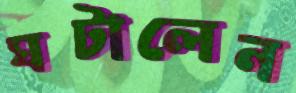
ঘটালেন